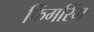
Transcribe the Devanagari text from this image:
फिंगरिंग